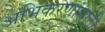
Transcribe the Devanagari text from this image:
अभिकरणांसाठी